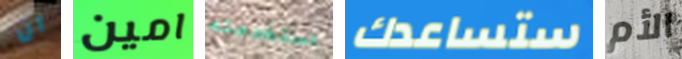
ان امين استخدمته ستساعدك الأم